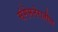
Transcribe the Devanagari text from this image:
संगेमनेरातील